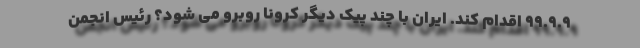
۹۹.۹.۹ اقدام کند. ایران با چند پیک دیگر کرونا روبرو می شود؟ رئیس انجمن